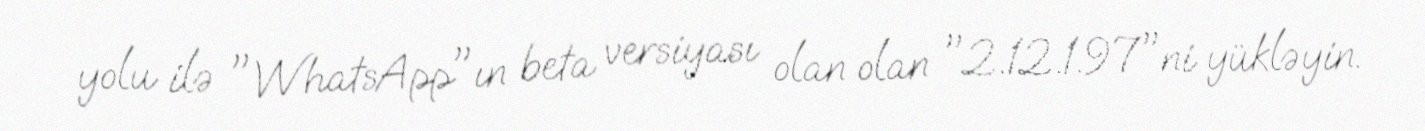
yolu ilə "WhatsApp"ın beta versiyası olan olan "2.12.1.97"ni yükləyin.